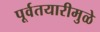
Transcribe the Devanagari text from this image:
पूर्वतयारीमुळे